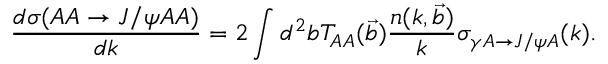
{ \frac { d \sigma ( A A \to J / \psi A A ) } { d k } } = 2 \int d ^ { 2 } b T _ { A A } ( { \vec { b } } ) \frac { n ( k , { \vec { b } } ) } { k } \sigma _ { \gamma A \rightarrow J / \psi A } ( k ) .